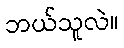
ဘယ်သူလဲ။